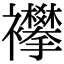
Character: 襻